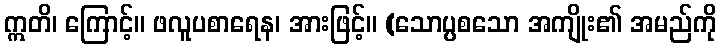
ဣတိ၊ ကြောင့်။ ဖလူပစာရေန၊ အားဖြင့်။ (သောပ္ပစသော အကျိုး၏ အမည်ကို